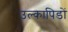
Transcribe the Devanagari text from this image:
उल्कापिडों